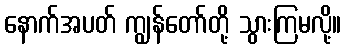
နောက်အပတ် ကျွန်တော်တို့ သွားကြမလို့။